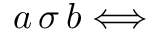
a \, \sigma \, b \Longleftrightarrow